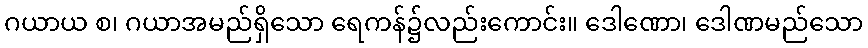
ဂယာယ စ၊ ဂယာအမည်ရှိသော ရေကန်၌လည်းကောင်း။ ဒေါဏော၊ ဒေါဏမည်သော